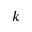
k